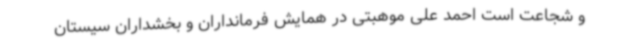
و شجاعت است احمد علی موهبتی در همایش فرمانداران و بخشداران سیستان